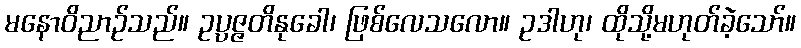
မနောဝိညာဉ်သည်။ ဥပ္ပဇ္ဇတိနုခေါ၊ ဖြစ်လေသလော။ ဥဒါဟု၊ ထိုသို့မဟုတ်ခဲ့သော်။